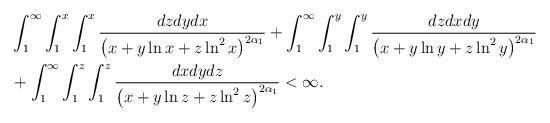
LaTeX: \begin{align*}&\int_1^{\infty}\int_1^{x}\int_1^{x}\frac{dzdydx}{\left(x+y\ln x+z\ln^2 x\right)^{2\alpha_1}}+\int_1^{\infty}\int_1^{y}\int_1^{y}\frac{dzdxdy}{\left(x+y\ln y+z\ln^2 y\right)^{2\alpha_1}}\\&+\int_1^{\infty}\int_1^{z}\int_1^{z}\frac{dxdydz}{\left(x+y\ln z+z\ln^2 z\right)^{2\alpha_1}}< \infty.\end{align*}